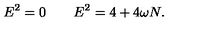
E ^ { 2 } = 0 \qquad E ^ { 2 } = 4 + 4 \omega N .